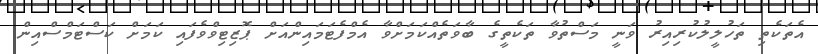
އެތަކެތި ތަހުލީލުކުރިއިރު ވަނީ މަސްތުވާ ތަކެތީގެ ބާވަތެއްކަމަށްވާ އެމްފެޓަމައިންއަށް ޕޮޒިޓިވްވެފައި ކަމަށް ކަސްޓަމްސްއިން